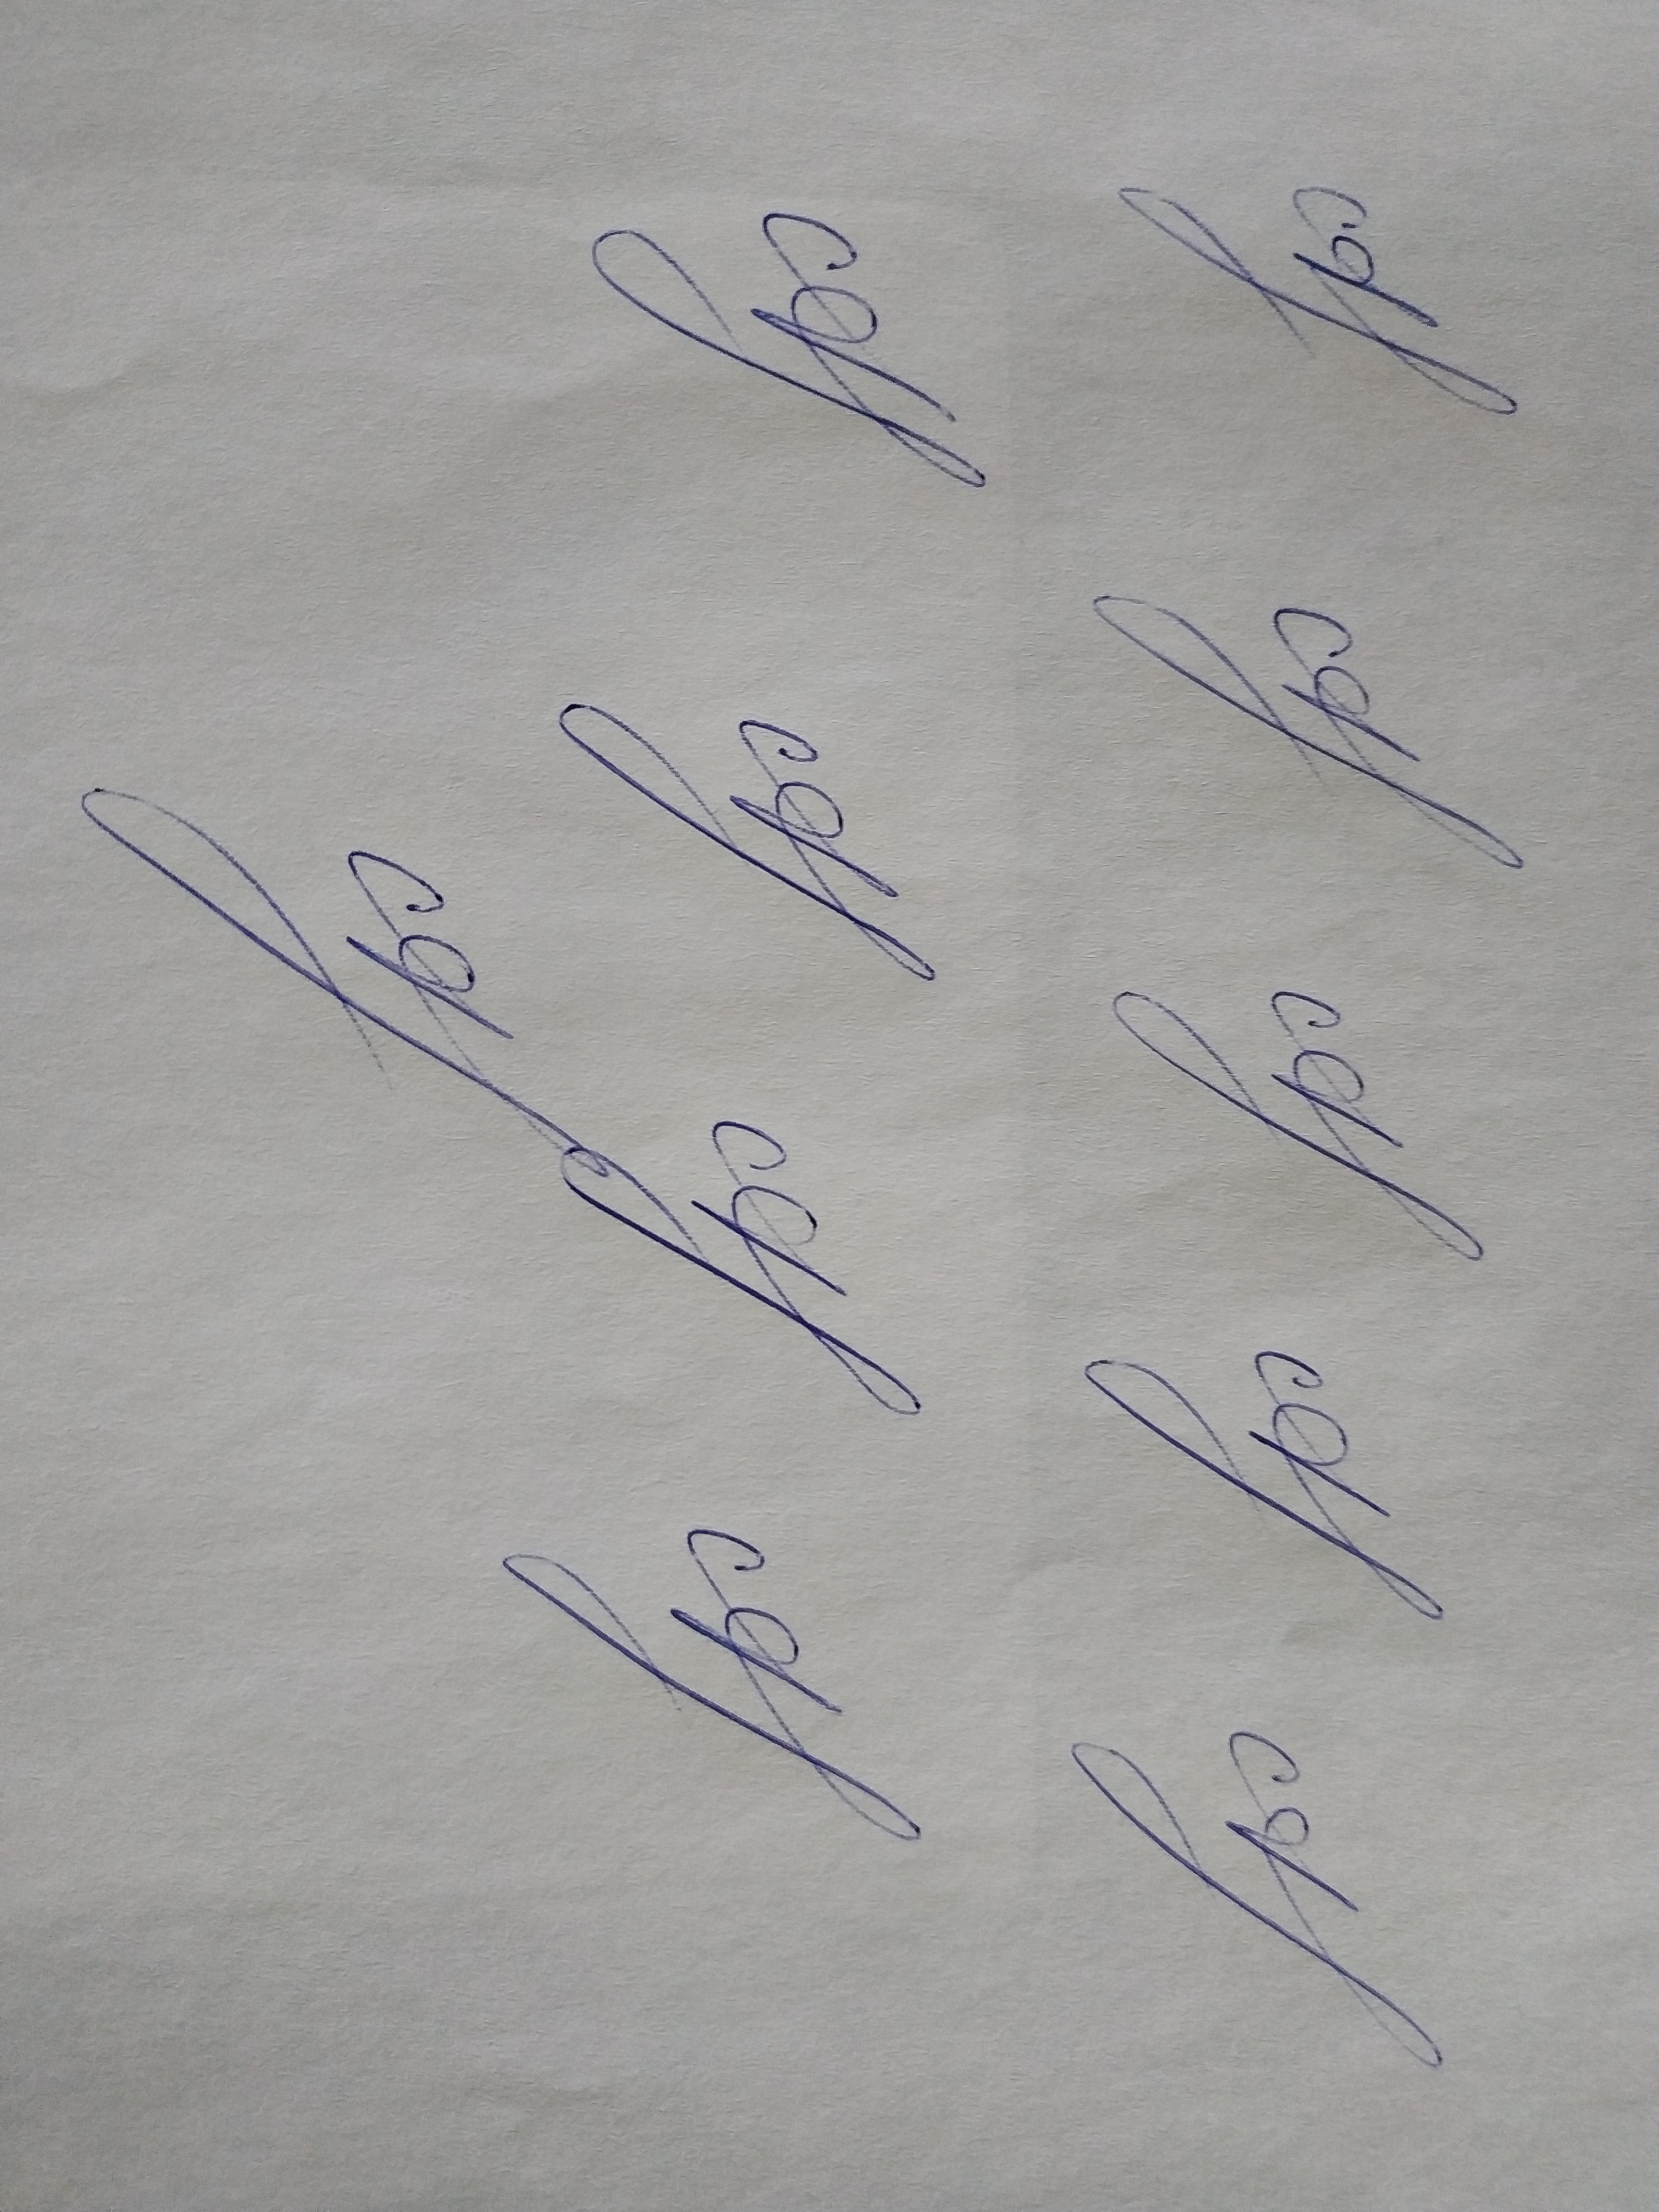
Signature authenticity: genuine